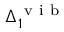
\Delta _ { 1 } ^ { \mathrm { ~ v ~ i ~ b ~ } }